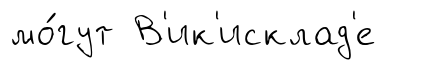
мо́гут В'ик'исклад'е